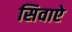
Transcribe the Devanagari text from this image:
सिवाऐ